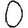
Digit: 0